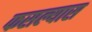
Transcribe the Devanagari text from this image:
फसल्यास